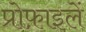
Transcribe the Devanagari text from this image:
प्रोफ़ाइलें